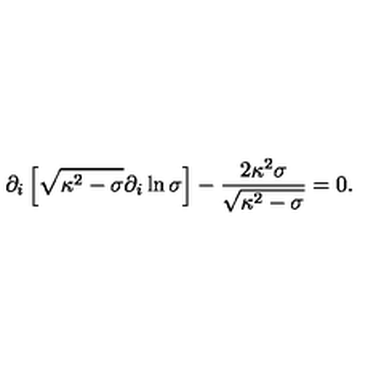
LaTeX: \partial _ { i } \left[ \sqrt { \kappa ^ { 2 } - \sigma } \partial _ { i } \ln { \sigma } \right] - { \frac { 2 \kappa ^ { 2 } \sigma } { \sqrt { \kappa ^ { 2 } - \sigma } } } = 0 .